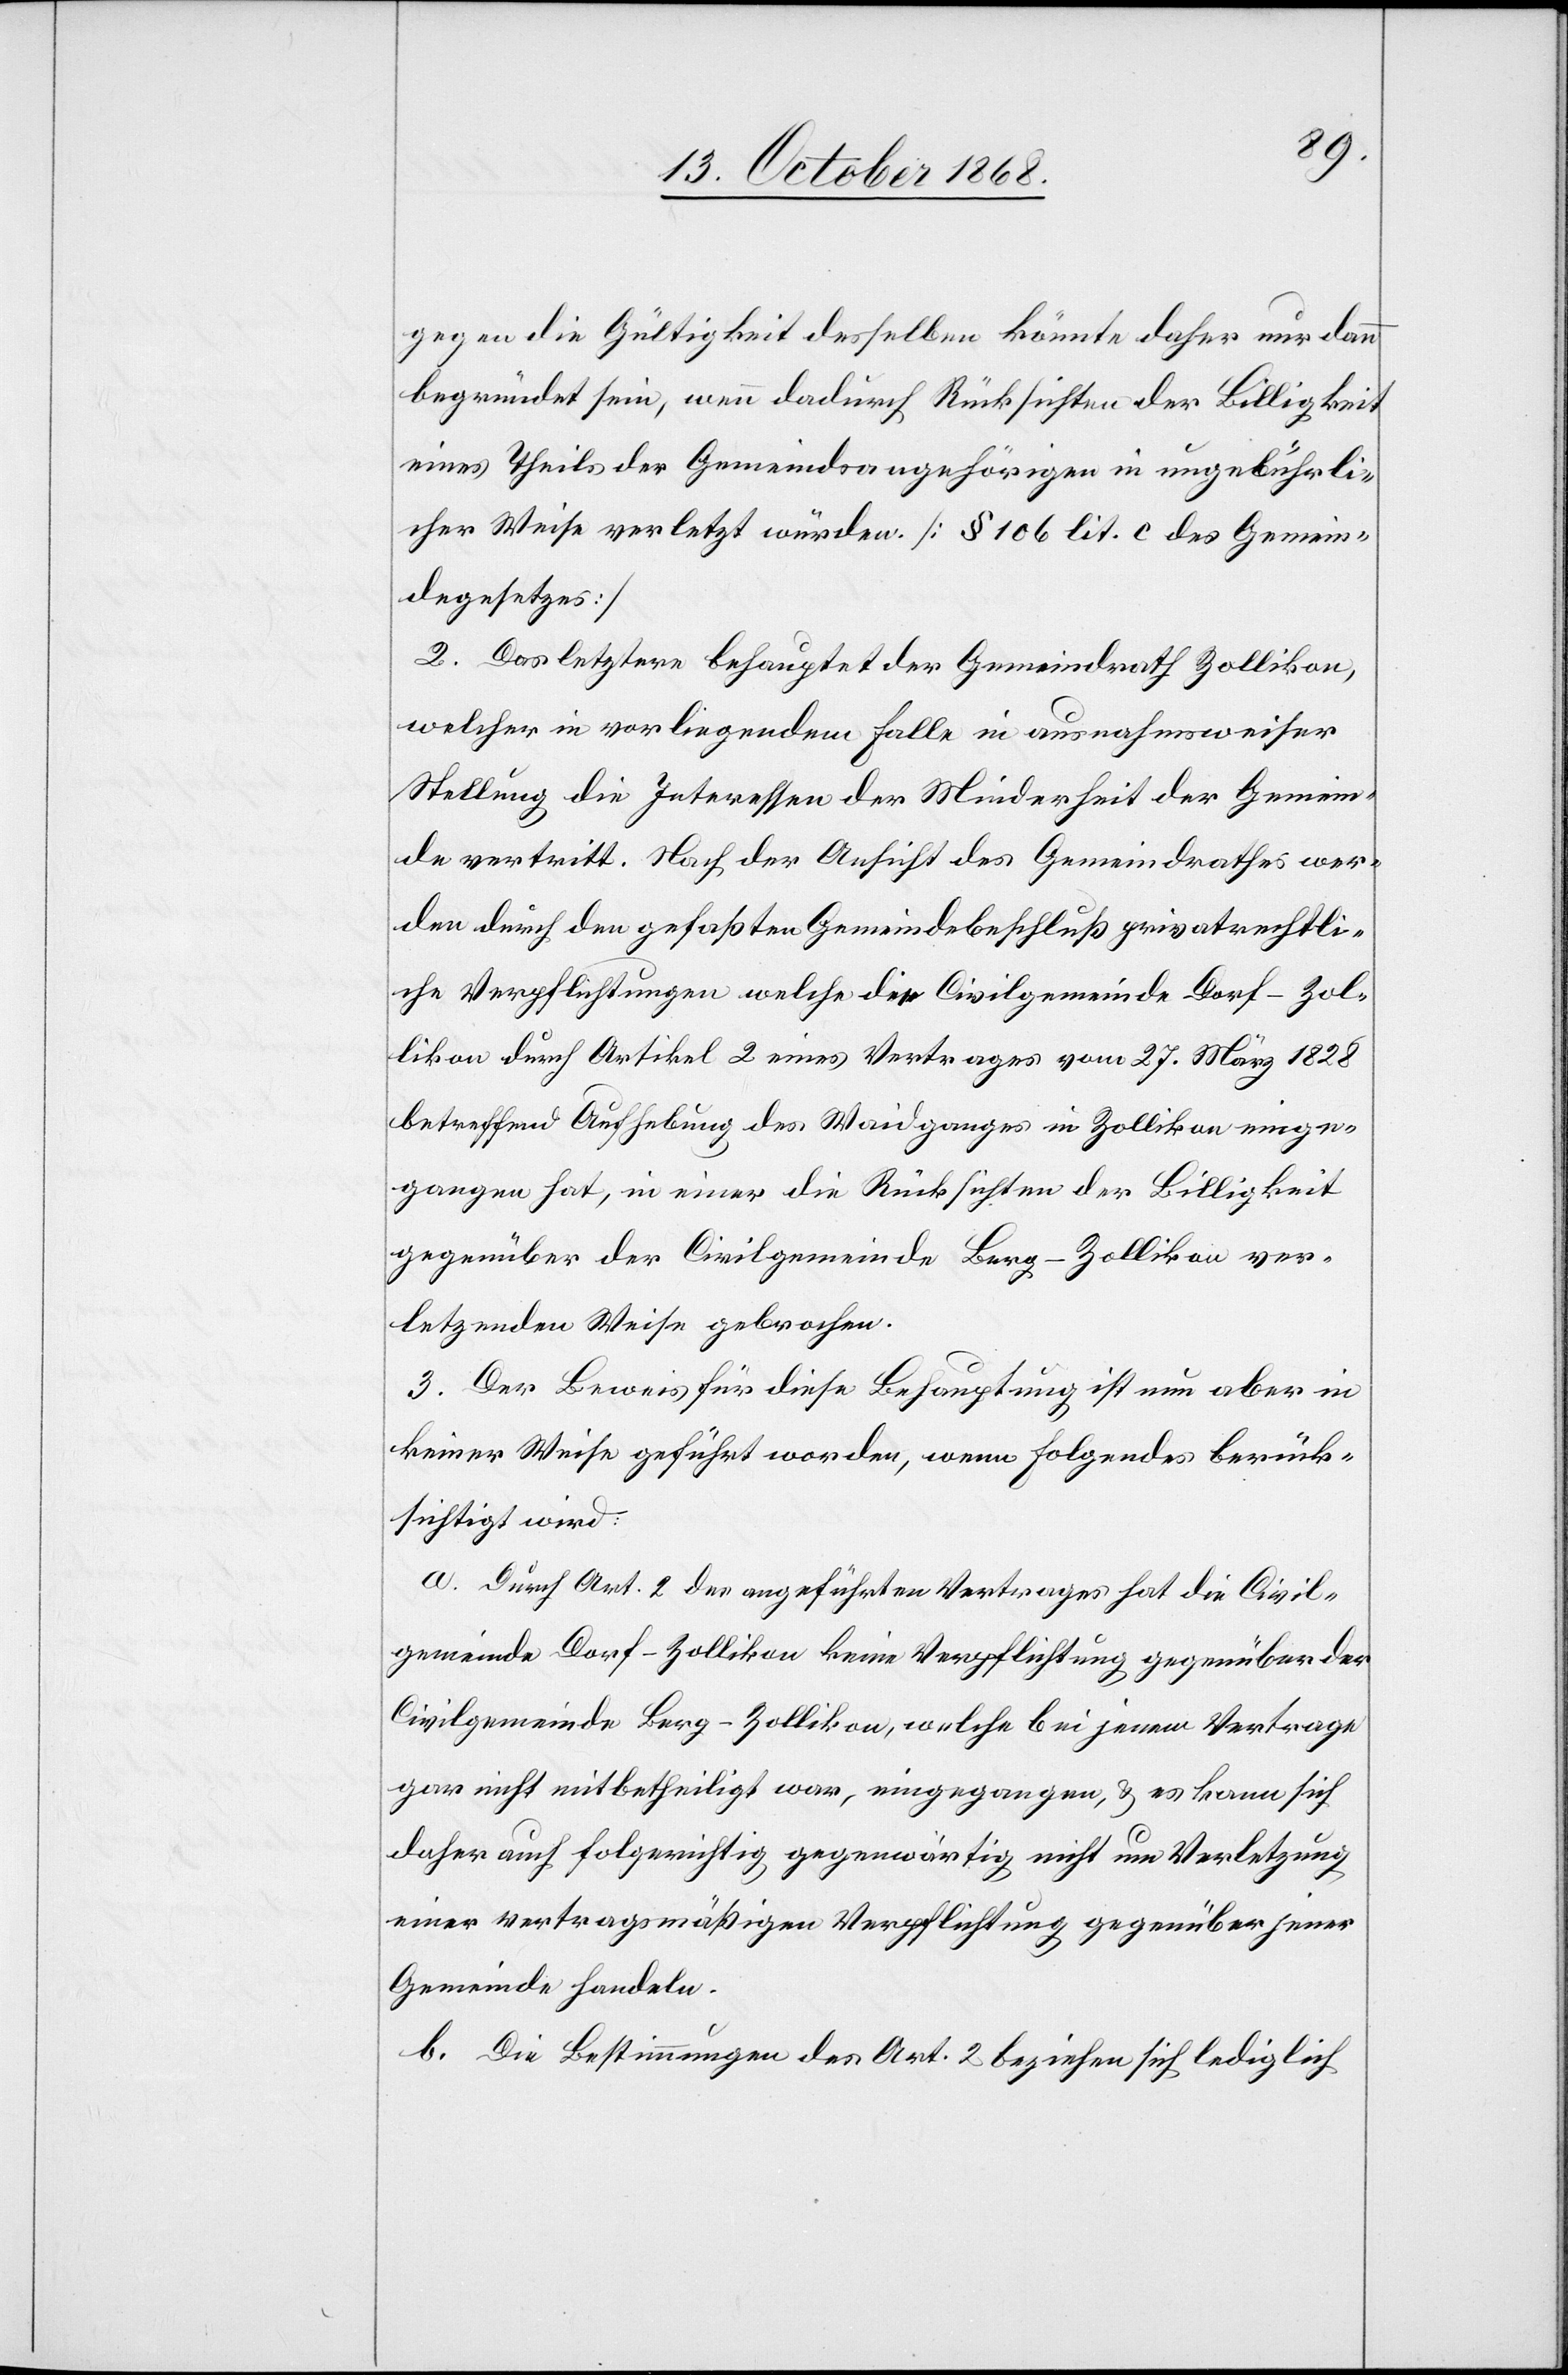
gegen die Gültigkeit desselben könnte daher nur dann
begründet sein, wenn dadurch Rücksichten der Billigkeit
eines Theils der Gemeindsangehörigen in ungebührli¬
cher Weise verletzt würden. [§ 106 lit. c des Gemein¬
degesetzes]
2. Das letztere behauptet der Gemeindrath Zollikon,
welcher in vorliegendem Falle in ausnahmsweiser
Stellung die Interessen der Minderheit der Gemein¬
de vertritt. Nach der Ansicht des Gemeindrathes wer¬
den durch den gefaßten Gemeindebeschluß privatrechtli¬
che Verpflichtungen welche die Civilgemeinde Dorf-Zol¬
likon durch Artikel 2 eines Vertrages vom 27. März 1828
betreffend Aufhebung des Waidganges in Zollikon einge¬
gangen hat, in einer die Rücksichten der Billigkeit
gegenüber der Civilgemeinde Berg-Zollikon ver¬
letzenden Weise gebrochen.
3. Der Beweis für diese Behauptung ist nun aber in
keiner Weise geführt worden, wenn Folgendes berück¬
sichtigt wird:
a. Durch Art. 2 des angeführten Vertrages hat die Civil¬
gemeinde Dorf-Zollikon keine Verpflichtung gegenüber der
Civilgemeinde Berg-Zollikon, welche bei jenem Vertrage
gar nicht mitbetheiligt war, eingegangen, & es kann sich
daher auch folgerichtig gegenwärtig nicht um Verletzung
einer vertragsmäßigen Verpflichtung gegenüber jener
Gemeinde handeln.
b. Die Bestimmungen des Art. 2 beziehen sich lediglich